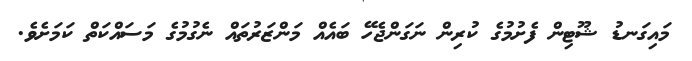
މައިގަނޑު ޝޫޓިން ފެށުމުގެ ކުރިން ނަގަންޖެހޭ ބައެއް މަންޒަރުތައް ނެގުމުގެ މަސައްކަތް ކަމަށެވެ.